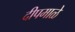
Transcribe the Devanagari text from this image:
दीपमाळे